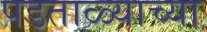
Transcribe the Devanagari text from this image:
पडताळ्याच्या